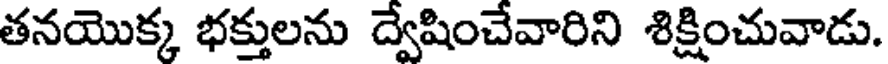
తనయొక్క భక్తులను ద్వేషించేవారిని శిక్షించువాడు.